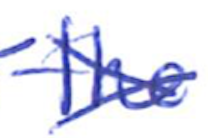
Text: the
Cross-out: cross
Writing tool: ballpoint